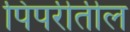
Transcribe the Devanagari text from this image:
पिंपरीतील